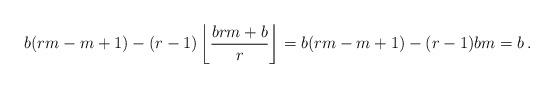
LaTeX: \begin{align*}b(rm-m+1)-(r-1)\left\lfloor\frac{brm+b}{r}\right\rfloor = b(rm-m+1)-(r-1)bm=b\, .\end{align*}